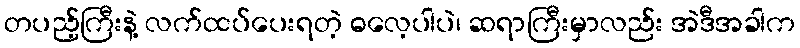
တပည့်ကြီးနဲ့ လက်ထပ်ပေးရတဲ့ ဓလေ့ပါပဲ၊ ဆရာကြီးမှာလည်း အဲဒီအခါက